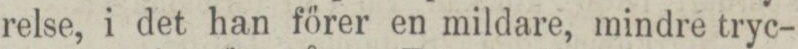
relse, i det han förer en mildare, mindre tryc-